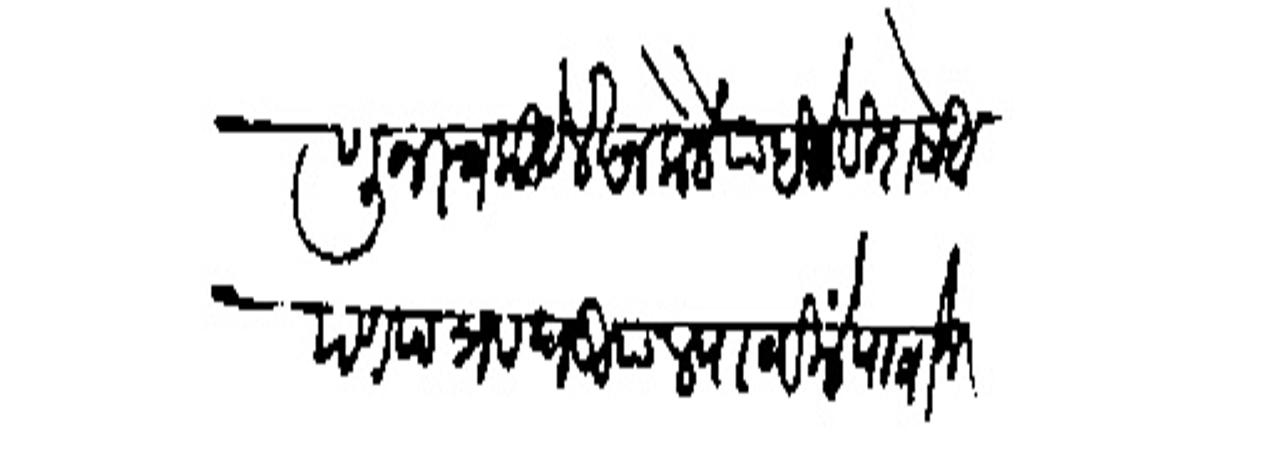
Transliteration (Devanagari): जाणून स्वकीये लेखन केलें पाहिजे विशेष आपण पत्र व घडियाल पाठविलें पावोन